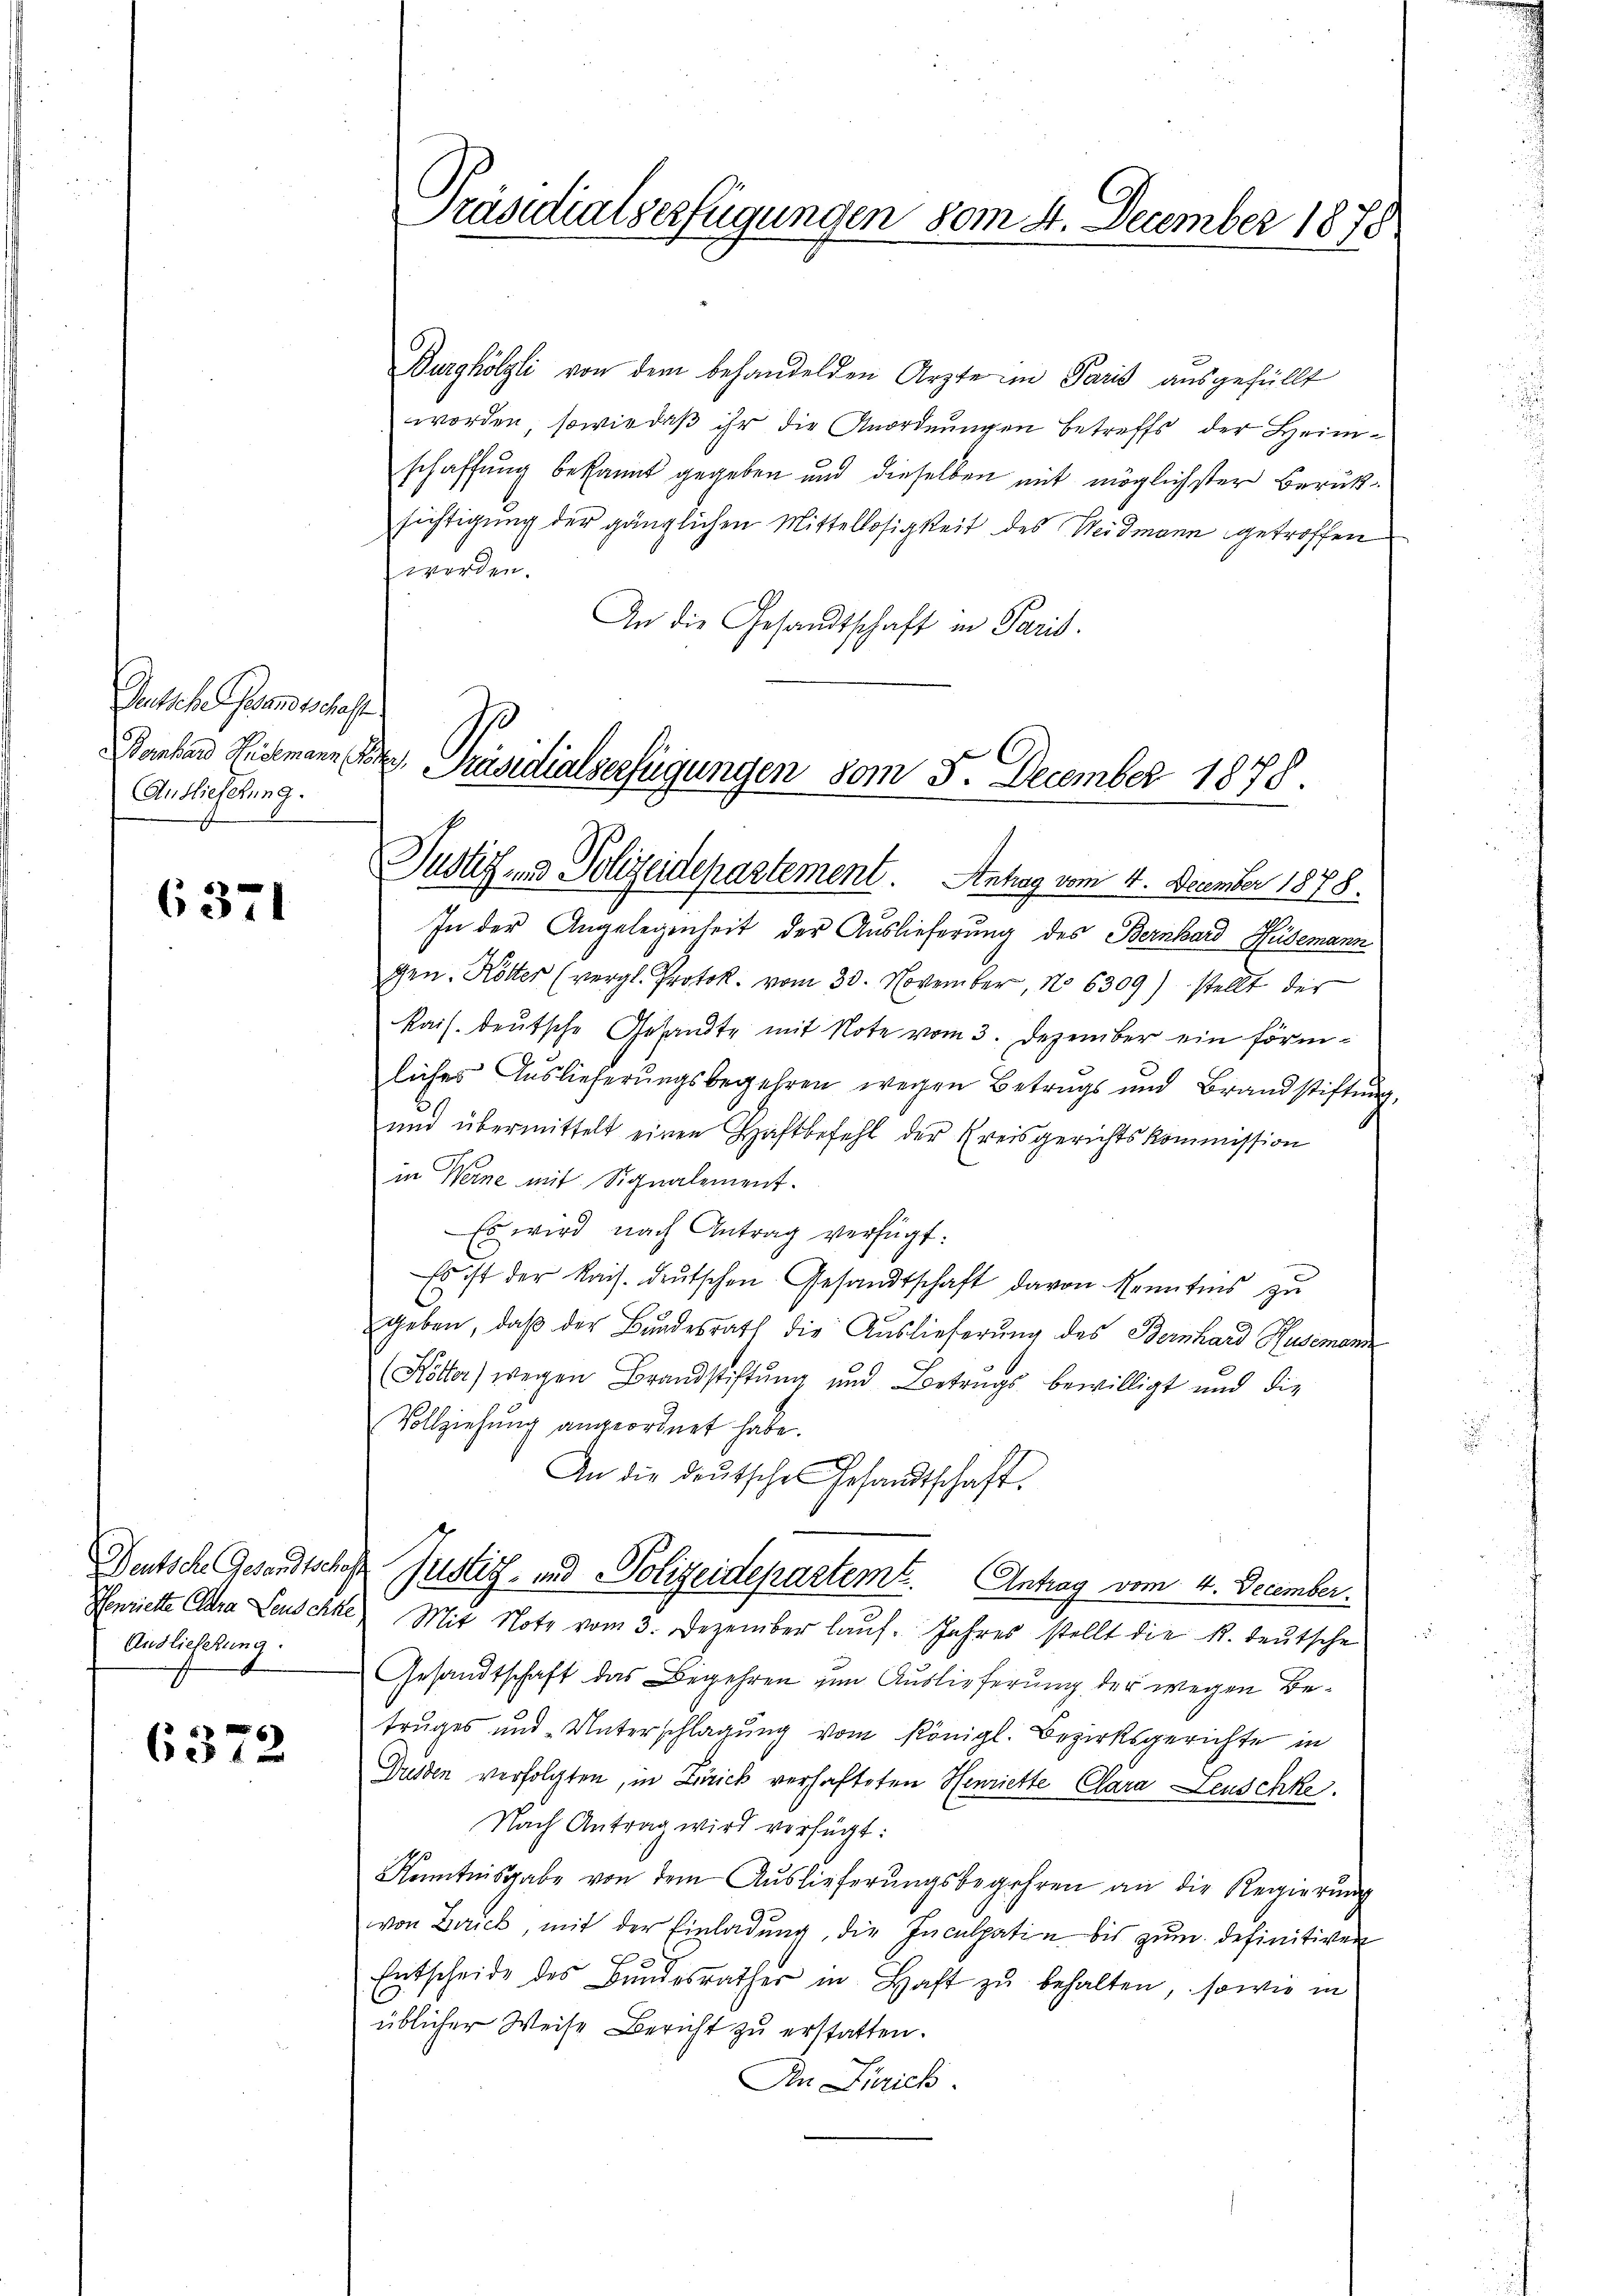
Deutsche Gesandtschaft
Auslieferung.

6371

Deutsche Gesandtschaf
Henriette Clara Leuschke
Auslieferung.

6372

Präsidialserfügungen vom 4. December 1878

Burghölzli von dem behandelden Arzte im Paris ausgefüllt
worden, sowie daß ihr die Anordnungen betreffs der Heimschaffung bekannt gegeben und dieselben mit möglichster Berüksichtigung der gänzlichen Mittellosigkeit des Weidmann getroffen
werden.
An die Gesandtschaft in Paris.

Banhard Eidemann Prok. Präsidialverfügungen vom 5. December 1878.
Justiz- & Polizeidepartement. Antrag vom 4. December 1878.

In der Angelegenheit der Auslieferung des Bernhard Hüdemann
gen. Kötter (vergl. Protok. vom 30. November, No 6309) stellt der
kais. deutsche Gesandte mit Note vom 3. Dezember ein förmliches Auslieferungsbegehren wegen Betrags und Brandstiftung,
und übermittelt einen Haftbefehl der Kreisgerichtskommission
in Werne mit Signalement.
Es wird nach Antrag verfügt:
Es ist der Kais. Deutschen Gesandtschaft davon Kenntens zu
geben, daβ der Bŭndesrath die Auslieferung des Bernhard Husemann
(Kötter) wegen Brandstiftung und Betrugs bewilligt und die
Vollziehung angeordnet habe.
An die deŭtsche Gesandtschaft.
Justiz- und Polizeidepartemt. Antrag vom 4. December.
Mit Note vom 3. Dezember laŭf. Jahres stellt die R. Teutsche
Gesandtschaft das Begehren zum Auslieferung der wegen Betruges und Unterschlagung vom Königl. Bezirksgerichte in
Drusten verfolgten, in Zürich verhafteten Henriette Clara Leuschke
Nach Antrag wird verfügt:
Kenntnisgabe von dem Auslieferungsbegehren an die Regierung
von Zürich, mit der Einladung, die Inculpatin bis zum definitiven
F
Entscheide des Bŭndesrather in Haft zŭ behalten, sowie in
üblicher Weise Bericht zŭ erstatten.
An Gerich.